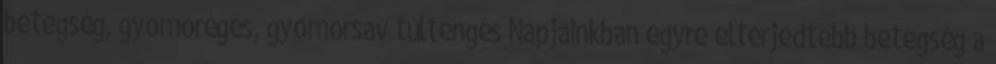
betegség, gyomorégés, gyomorsav túltengés Napjainkban egyre elterjedtebb betegség a